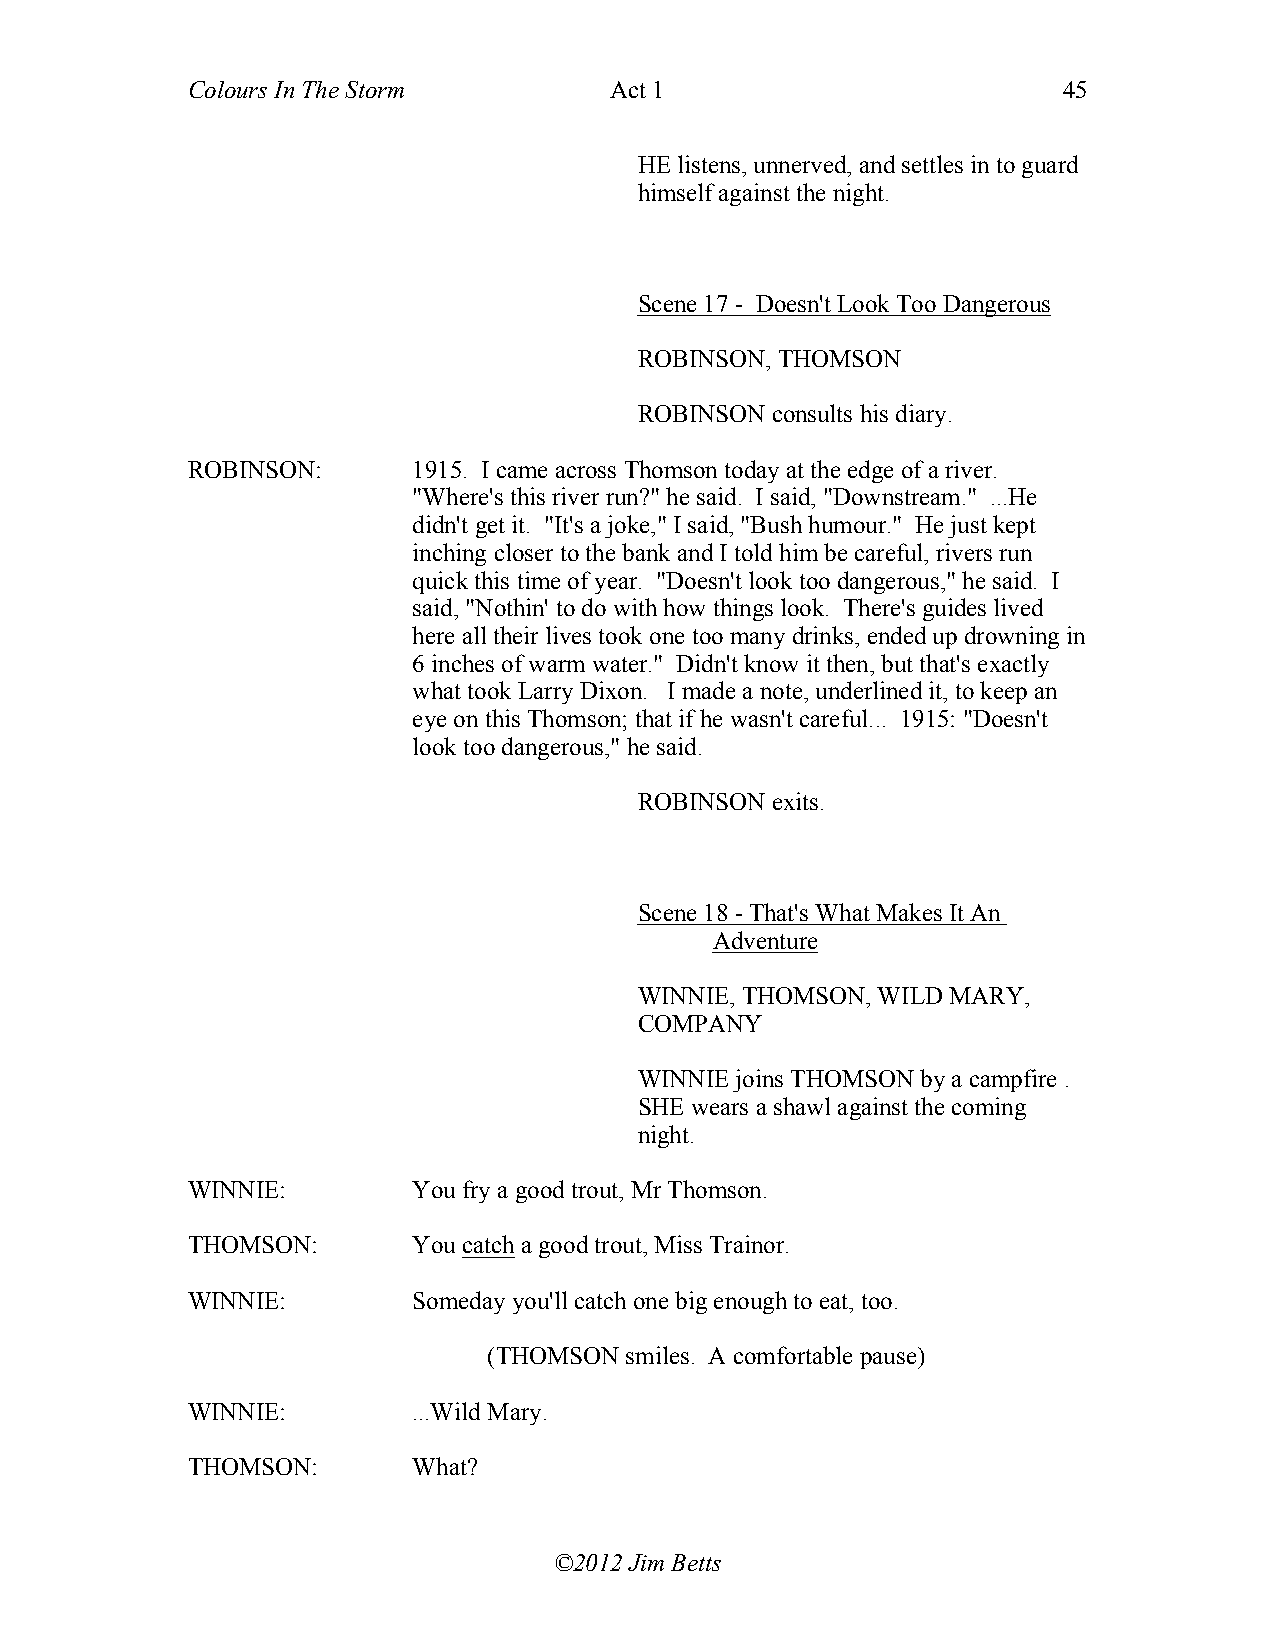
Colours In The Storm        Act 1                         45
 HE listens, unnerved, and settles in to guard
 himself against the night.
 Scene 17 - Doesn't Look Too Dangerous
 ROBINSON, THOMSON
 ROBINSON consults his diary.
 ROBINSON:      1915. I came across Thomson today at the edge of a river.
 "Where's this river run?" he said. I said, "Downstream." ...He
 didn't get it. "It's a joke," I said, "Bush humour." He just kept
 inching closer to the bank and I told him be careful, rivers run
 quick this time of year. "Doesn't look too dangerous," he said. I
 said, "Nothin' to do with how things look. There's guides lived
 here all their lives took one too many drinks, ended up drowning in
 6 inches of warm water." Didn't know it then, but that's exactly
 what took Larry Dixon. I made a note, underlined it, to keep an
 eye on this Thomson; that if he wasn't careful... 1915: "Doesn't
 look too dangerous," he said.
 ROBINSON exits.
 Scene 18 - That's What Makes It An
 Adventure
 WINNIE, THOMSON, WILD MARY,
 COMPANY
 WINNIE joins THOMSON by a campfire .
 SHE wears a shawl against the coming
 night.
 WINNIE:        You fry a good trout, Mr Thomson.
 THOMSON:       You catch a good trout, Miss Trainor.
 WINNIE:        Someday you'll catch one big enough to eat, too.
 (THOMSON smiles. A comfortable pause)
 WINNIE:        ...Wild Mary.
 THOMSON:       What?
 ©2012 Jim Betts